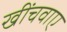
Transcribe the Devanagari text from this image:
खींचवाए